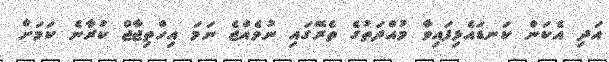
އަދި އެކަން ކަނޑައެޅިފައިވާ މުއްދަތުގެ ތެރޭގައި ނުވެއްޖެ ނަމަ އިހްތިޖާޖް ކުރާނެ ކަމަށް